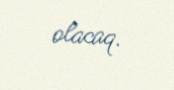
olacaq.